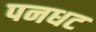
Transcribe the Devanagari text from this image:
पनधट